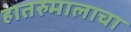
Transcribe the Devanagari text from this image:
हातरुमालाचा